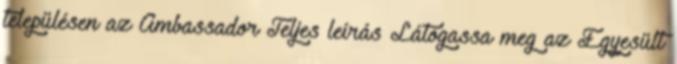
településen az Ambassador Teljes leírás Látogassa meg az Egyesült